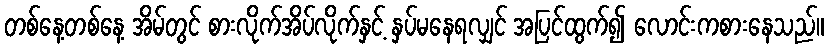
တစ်နေ့တစ်နေ့ အိမ်တွင် စားလိုက်အိပ်လိုက်နှင့် နှပ်မနေရလျှင် အပြင်ထွက်၍ လောင်းကစားနေသည်။